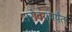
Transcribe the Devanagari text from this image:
सरोवरांपर्यंत